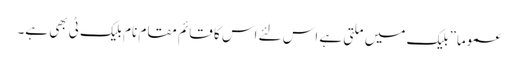
عموما” بلیک میں ملتی ہے اس لئے اس کا قائم مقام نام بلیک ٹی بھی ہے۔